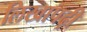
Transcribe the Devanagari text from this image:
लिखापढ़ी